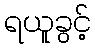
ရယူခွင့်